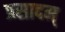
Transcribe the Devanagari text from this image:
प्रसादम्